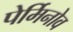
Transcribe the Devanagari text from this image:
पेर्मिनोव